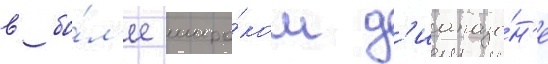
в бо́л'ее широ́ком д'иапазо́н'е